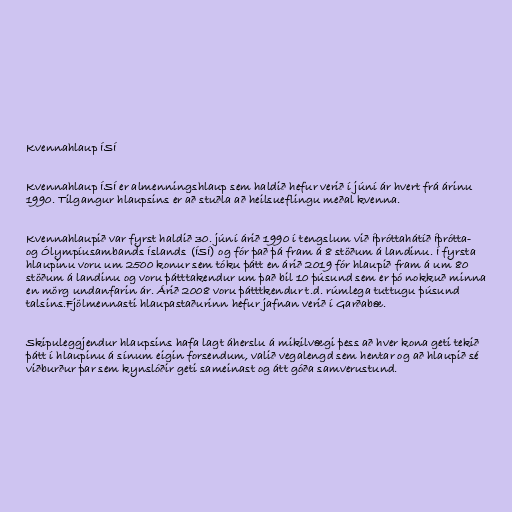
Kvennahlaup ÍSÍ

Kvennahlaup ÍSÍ er almenningshlaup sem haldið hefur verið í júní ár hvert frá árinu
1990. Tilgangur hlaupsins er að stuðla að heilsueflingu meðal kvenna.

Kvennahlaupið var fyrst haldið 30. júní árið 1990 í tengslum við Íþróttahátíð Íþrótta-
og Ólympíusambands Íslands (ÍSÍ) og fór það þá fram á 8 stöðum á landinu. Í fyrsta
hlaupinu voru um 2500 konur sem tóku þátt en árið 2019 fór hlaupið fram á um 80
stöðum á landinu og voru þátttakendur um það bil 10 þúsund sem er þó nokkuð minna
en mörg undanfarin ár. Árið 2008 voru þátttkendur t.d. rúmlega tuttugu þúsund
talsins.Fjölmennasti hlaupastaðurinn hefur jafnan verið í Garðabæ.

Skipuleggjendur hlaupsins hafa lagt áherslu á mikilvægi þess að hver kona geti tekið
þátt í hlaupinu á sínum eigin forsendum, valið vegalengd sem hentar og að hlaupið sé
viðburður þar sem kynslóðir geti sameinast og átt góða samverustund.